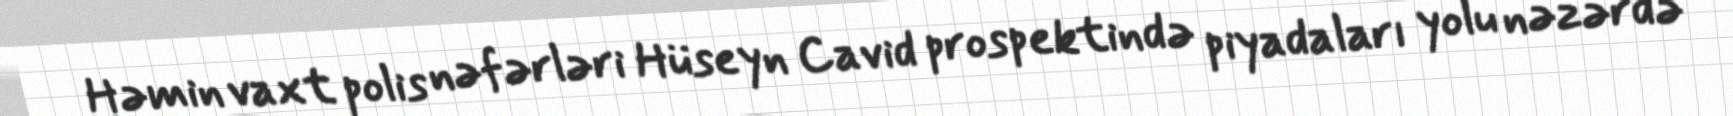
Həmin vaxt polis nəfərləri Hüseyn Cavid prospektində piyadaları yolu nəzərdə